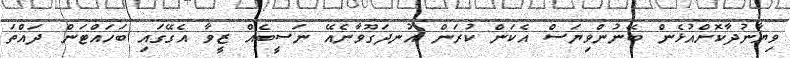
ވިޔާނުދާކޮށްއުޅެން ބޭނުންވިޔަސް އެކަން ކުރަން އުނދަގޫވާނެއޭ ނަސީބެއް ޒީވާ އެގޭގައި ބަހައްޓަން ދައްތަ